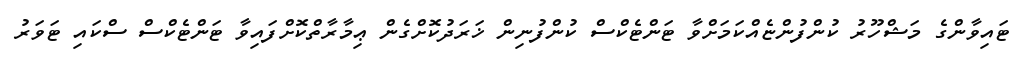
ޓައިވާންގެ މަޝްހޫރު ކުންފުންޏެއްކަމަށްވާ ޓަންޓެކްސް ކުންފުނިން ޚަރަދުކޮށްގެން ޢިމާރާތްކޮށްފައިވާ ޓަންޓެކްސް ސްކައި ޓަވަރު